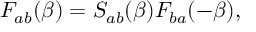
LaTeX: F _ { a b } ( \beta ) = S _ { a b } ( \beta ) F _ { b a } ( - \beta ) ,